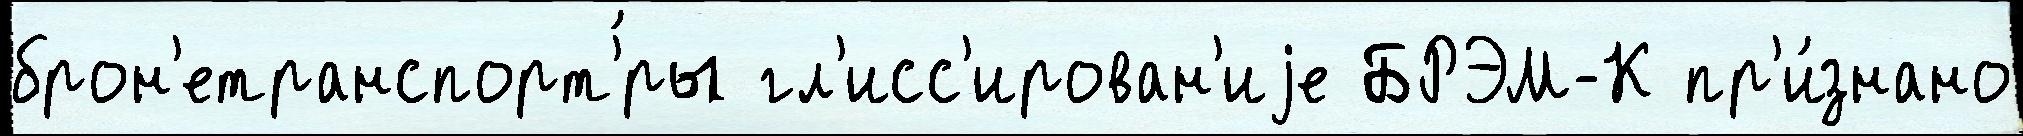
брон'етранспорт'́ры гл'исс'ирован'иjе БРЭМ-К пр'и́знано